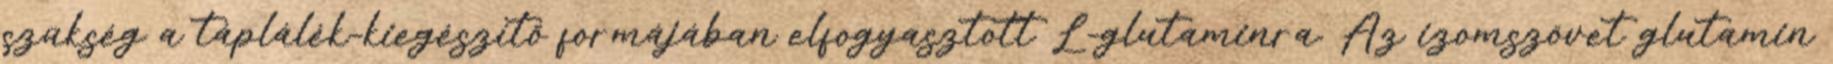
szükség a táplálék-kiegészítő formájában elfogyasztott L-glutaminra. Az izomszövet glutamin